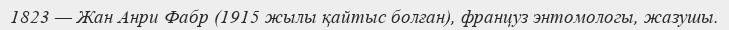
1823 — Жан Анри Фабр (1915 жылы қайтыс болған), француз энтомологы, жазушы.